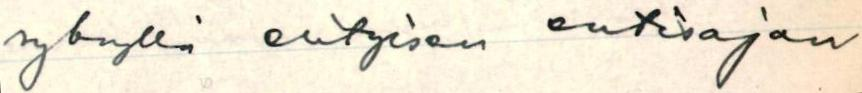
syksyllä erityisen entisajan